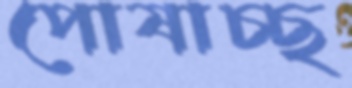
পোষাচ্ছ